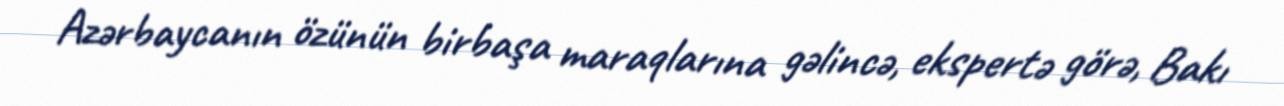
Azərbaycanın özünün birbaşa maraqlarına gəlincə, ekspertə görə, Bakı